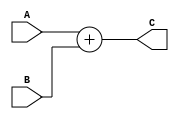
`timescale 1ns / 1ps

module SimpleAdder (
    input   [31:0] A,
    input   [31:0] B,
    output  [31:0] C
);

    assign C = (A + B);
endmodule //SimpleAdder